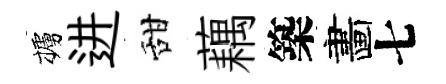
櫨进甜藕築畵七